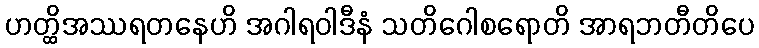
ဟတ္ထိအဿရတနေဟိ အဂါရဝါဒီနံ သတိဂေါစရောတိ အာရဘတီတိပေ